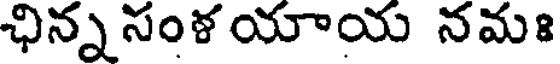
ఛిన్నసంళయాయ నమః